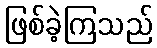
ဖြစ်ခဲ့ကြသည်